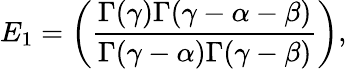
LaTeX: E_{1}=\left(\frac{\Gamma(\gamma)\Gamma(\gamma-\alpha-\beta)}{\Gamma(\gamma-\alpha)\Gamma(\gamma-\beta)}\right),